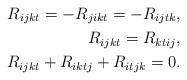
LaTeX: \begin{align*}R_{ijkt}=-R_{jikt}=-R_{ijtk}, \\R_{ijkt}=R_{ktij} , \\R_{ijkt}+R_{iktj}+R_{itjk}=0. \end{align*}